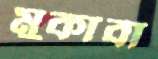
মুকাবা